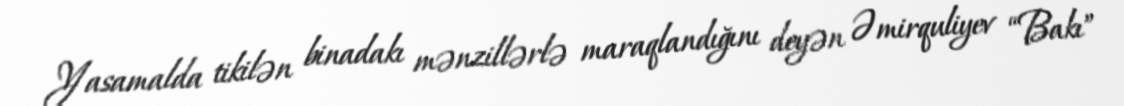
Yasamalda tikilən binadakı mənzillərlə maraqlandığını deyən Əmirquliyev “Bakı”